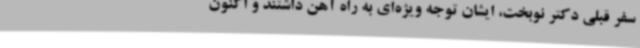
سفر قبلی دکتر نوبخت، ایشان توجه ویژه‌ای به راه آهن داشتند و اکنون